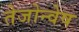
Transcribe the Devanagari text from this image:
तेजोन्वेष